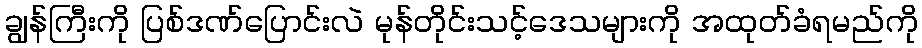
ချွန်ကြီးကို ပြစ်ဒဏ်ပြောင်းလဲ မုန်တိုင်းသင့်ဒေသများကို အထုတ်ခံရမည်ကို